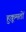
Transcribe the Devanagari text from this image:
हुक़ूमतों